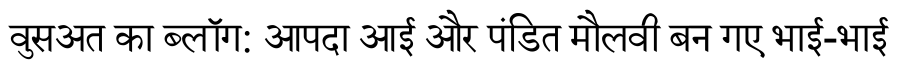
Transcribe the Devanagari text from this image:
वुसअत का ब्लॉग: आपदा आई और पंडित मौलवी बन गए भाई-भाई